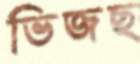
ভিজছ